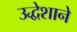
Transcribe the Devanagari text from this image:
उद्धेशाने